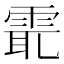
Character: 𩂻